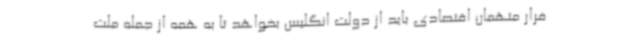
فرار متهمان اقتصادی باید از دولت انگلیس بخواهد تا به همه از جمله ملت